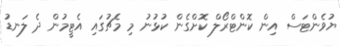
ޔުވެންޓަސް އިން ކޮންޓްރޯލް ކޮށްގެން ކުޅުނު މި މެޗުގައި އެޓީމުން ދެ ލަނޑު